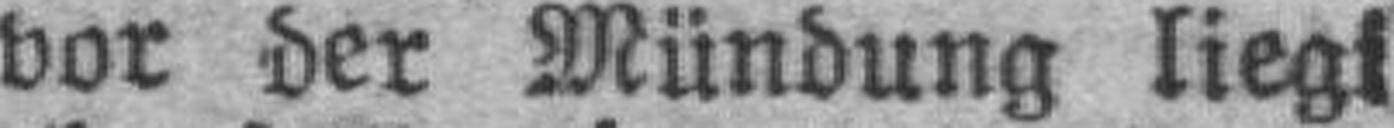
vor der Mündung liegt